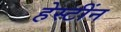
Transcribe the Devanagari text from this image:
हेस्टींन